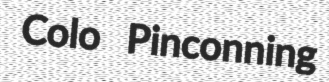
Colo Pinconning